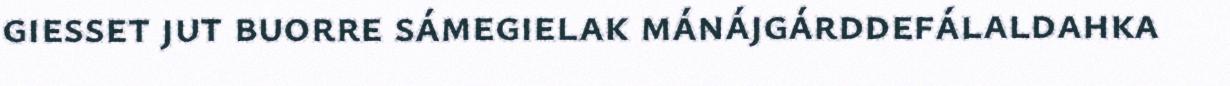
giesset jut buorre sámegielak mánájgárddefálaldahka